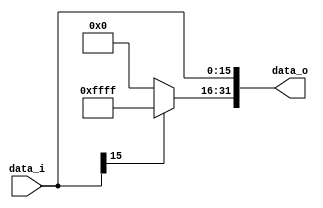
//0713216

//Subject:     CO project 2 - Sign extend
//--------------------------------------------------------------------------------
//Version:     1
//--------------------------------------------------------------------------------
//Writer:      
//----------------------------------------------
//Date:        
//----------------------------------------------
//Description: 
//--------------------------------------------------------------------------------
`timescale 1ns/1ps
module Sign_Extend(
    data_i,
    data_o
    );
               
//I/O ports
input   [16-1:0] data_i;
output  [32-1:0] data_o;

//Internal Signals
wire     [32-1:0] data_o;

//Sign extended
assign data_o[15:0] = data_i;
assign data_o[31:16] = (data_i[15] == 1'b0) ? 16'b0 : 16'b1111111111111111;
          
endmodule